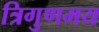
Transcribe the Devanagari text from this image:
त्रिगुणमय